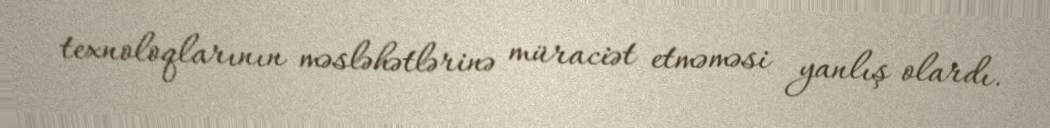
texnoloqlarının məsləhətlərinə müraciət etməməsi yanlış olardı.